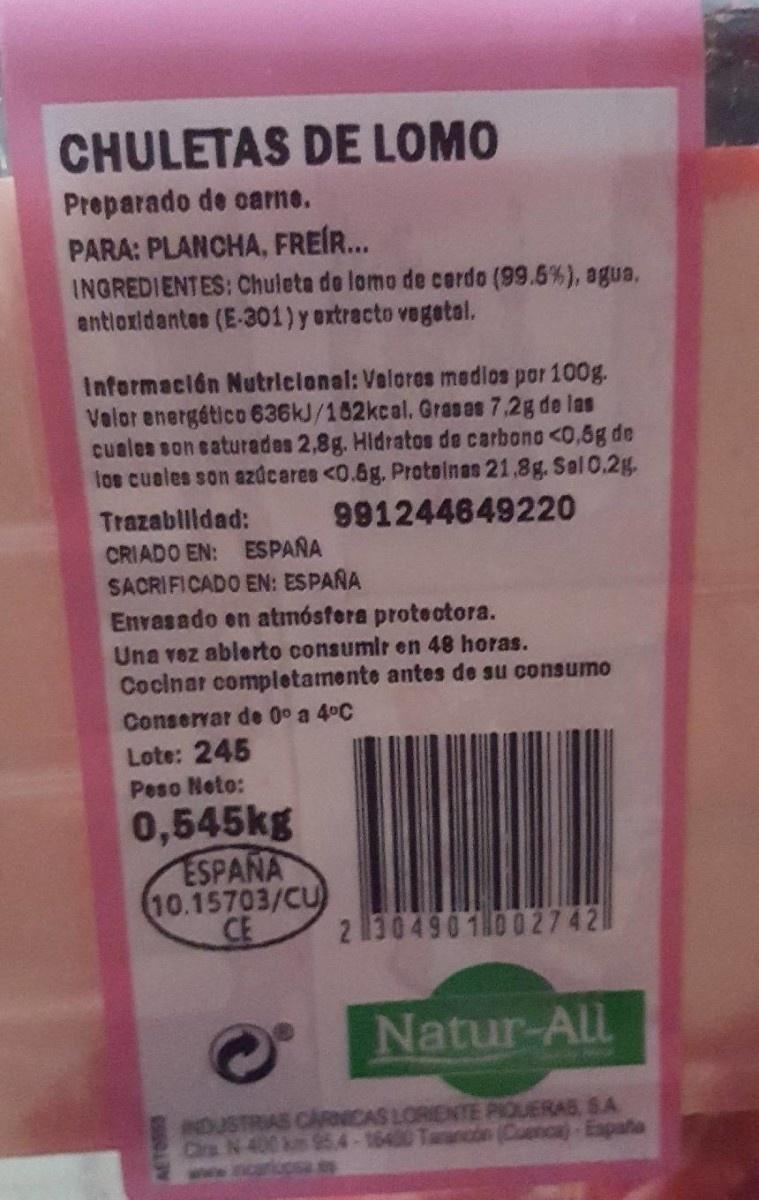
CHULETAS DE LOMO
Preparado de carne.
PARA: PLANCHA, FREÍR...
INGREDIENTES: Chuleta de lomo de cerdo (99.6%), agua, antioxidantes (E-301) y extracto vegetal.
Información Nutricional: Valores medios por 100g. Valor energético 636kJ/162kcal, Grasas 7,2g de las cuales son saturades 2,8g. Hidratos de carbono <0,5g de los cuales son azúcares <0.6g. Proteinas 21,8g. Sal 0.2g.
Trazabilidad:
991244649220
CRIADO EN: ESPAÑA SACRIFICADO EN: ESPAÑA
Envasado en atmósfera protectora. Una vez abierto consumir en 48 horas. Cocinar completamente antes de su consumo
Conservar de 0° a 4°C
Lote: 245
Peso Neto:
0,545kg
ESPAÑA
(10.15703/CU CE
23049011002742
Natur-All
INDUSTRIAS CARNICAS LORIENTE PIQUERAS, SA Cira N 400 km 95.4-16400 Tamancon (Cuenca) España
www
pa